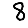
Digit: 8